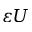
{ \varepsilon } U